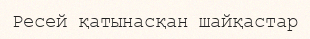
Ресей қатынасқан шайқастар